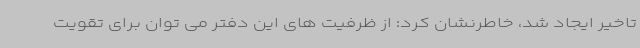
تاخیر ایجاد شد، خاطرنشان کرد: از ظرفیت های این دفتر می توان برای تقویت